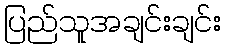
ပြည်သူအချင်းချင်း